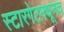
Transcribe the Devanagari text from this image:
स्टारगेटमधूनच